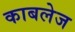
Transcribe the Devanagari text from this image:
काबलेज